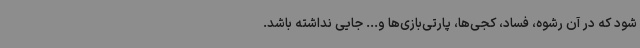
شود که در آن رشوه، فساد، کجی‌ها، پارتی‌بازی‌ها و... جایی نداشته باشد.